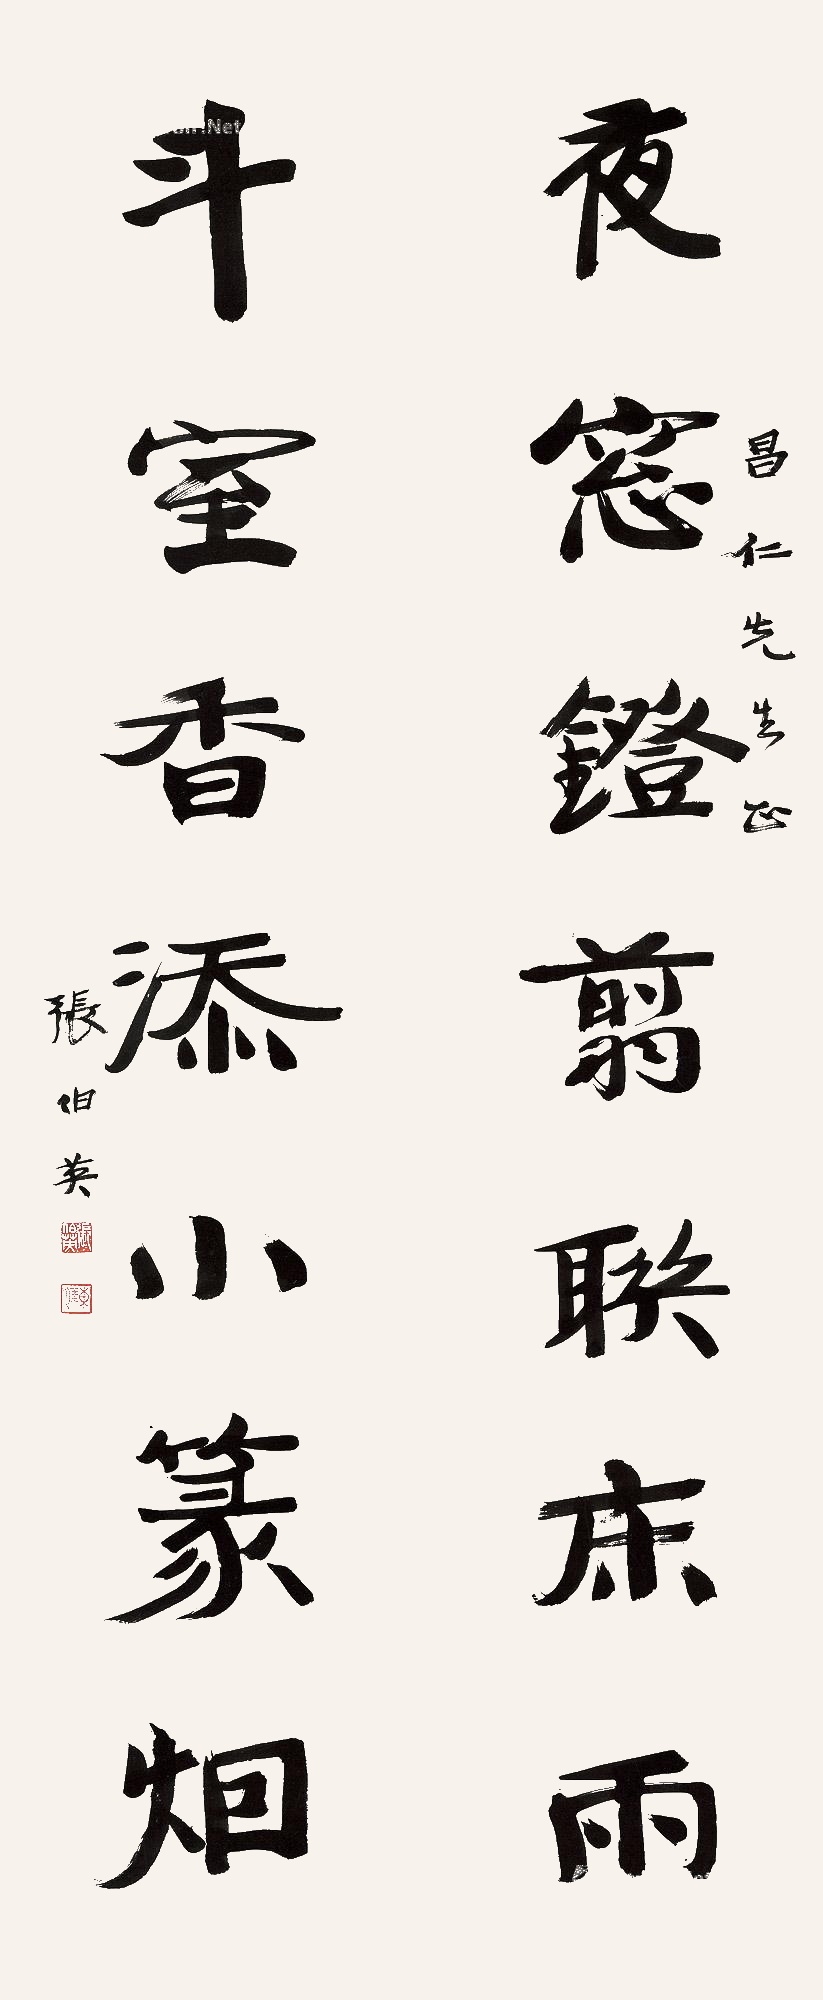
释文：夜窗镫剪联床雨，斗室香添小篆烟。昌仁先生正，张伯英。